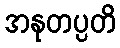
အနုတပ္ပတိ